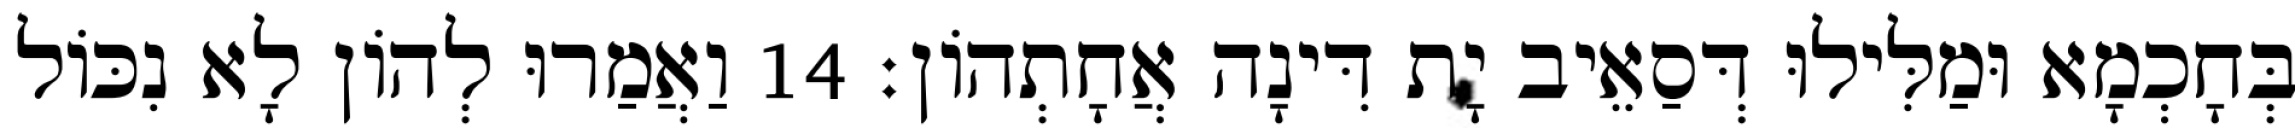
בְּחָכְמָא וּמַלִּילוּ דְּסַאֵיב יָת דִּינָה אֲחָתְהוֹן׃ 14 וַאֲמַרוּ לְהוֹן לָא נִכּוֹל